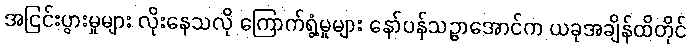
အငြင်းပွားမှုများ လိုးနေသလို ကြောက်ရွံ့မှုများ နော်ပန်သဉ္ဇာအောင်က ယခုအချိန်ထိတိုင်